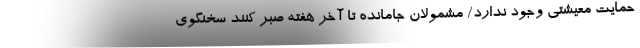
حمایت معیشتی وجود ندارد/ مشمولان جامانده تا آخر هفته صبر کنند سخنگوی